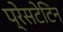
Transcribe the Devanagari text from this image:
प्रेसटेटिन